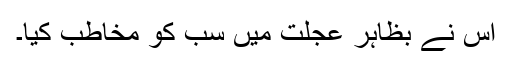
اس نے بظاہر عجلت میں سب کو مخاطب کیا۔